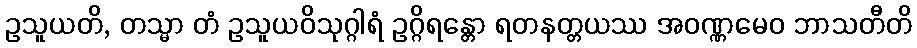
ဥသူယတိ, တသ္မာ တံ ဥသူယဝိသုဂ္ဂါရံ ဥဂ္ဂိရန္တော ရတနတ္တယဿ အဝဏ္ဏမေဝ ဘာသတီတိ